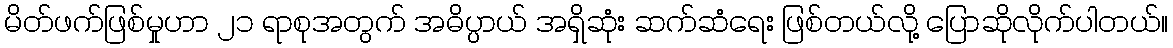
မိတ်ဖက်ဖြစ်မှုဟာ ၂၁ ရာစုအတွက် အဓိပ္ပာယ် အရှိဆုံး ဆက်ဆံရေး ဖြစ်တယ်လို့ ပြောဆိုလိုက်ပါတယ်။